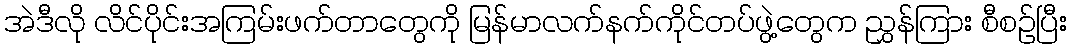
အဲဒီလို လိင်ပိုင်းအကြမ်းဖက်တာတွေကို မြန်မာလက်နက်ကိုင်တပ်ဖွဲ့တွေက ညွှန်ကြား စီစဉ်ပြီး